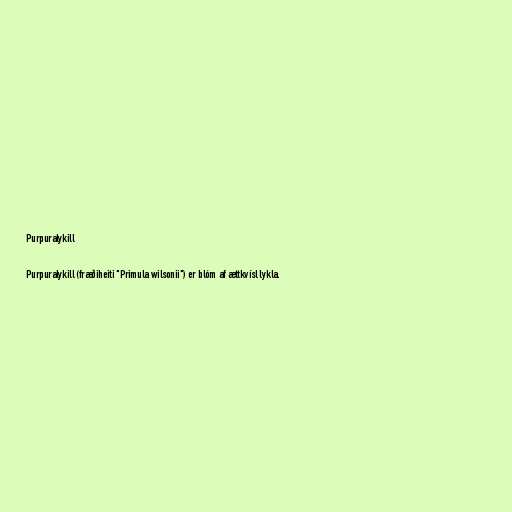
Purpuralykill

Purpuralykill (fræðiheiti "Primula wilsonii") er blóm af ættkvísl lykla.